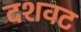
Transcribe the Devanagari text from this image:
दशवट